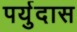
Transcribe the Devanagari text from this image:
पर्युदास